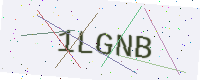
Text: 1LGNB